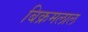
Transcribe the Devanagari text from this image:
बिक्रमलाल